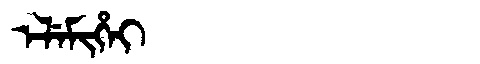
Manchu: ᡝᠯᡝᠮᡳᡥᡝᡳ
Romanization: ELEMIHEI